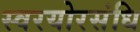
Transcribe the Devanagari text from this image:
स्वरयोरसंधि